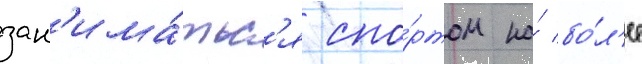
зан'има́тьс'я спо́ртом на́ бо́л'ее